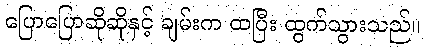
ပြောပြောဆိုဆိုနှင့် ချမ်းက ထပြီး ထွက်သွားသည်။